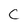
Character: C